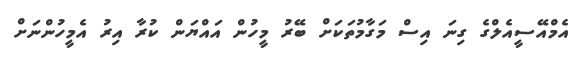
އެމްއޭސީއެލްގެ ގިނަ އިސް މަގާމުތަކަށް ބޭރު މީހުން އައްޔަން ކުރާ އިރު އެމީހުންނަށް